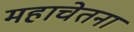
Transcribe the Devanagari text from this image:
महाचेतना